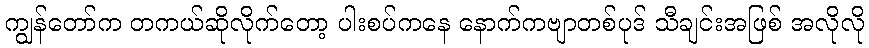
ကျွန်တော်က တကယ်ဆိုလိုက်တော့ ပါးစပ်ကနေ နောက်ကဗျာတစ်ပုဒ် သီချင်းအဖြစ် အလိုလို